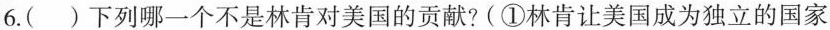
6.()下列哪一个不是林肯对美国的贡献?(①林肯让美国成为独立的国家